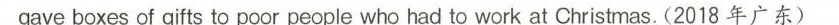
gave boxes of gifts to poor people who had to work at Christmas.(2018 年广东)